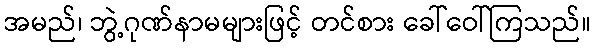
အမည်၊ ဘွဲ့ဂုဏ်နာမများဖြင့် တင်စား ခေါ်ဝေါ်ကြသည်။